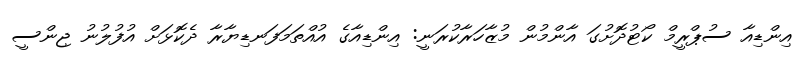
އިންޑިއާ ސުޕްރީމް ކޯޓުދޮށުގަ އާންމުން މުޒާހަރާކުރަނީ: އިންޑިއާގެ އުއްތަމަފަނޑިޔާރާ ދެކޮޅަށް އުފުލުނު ޖިންސީ